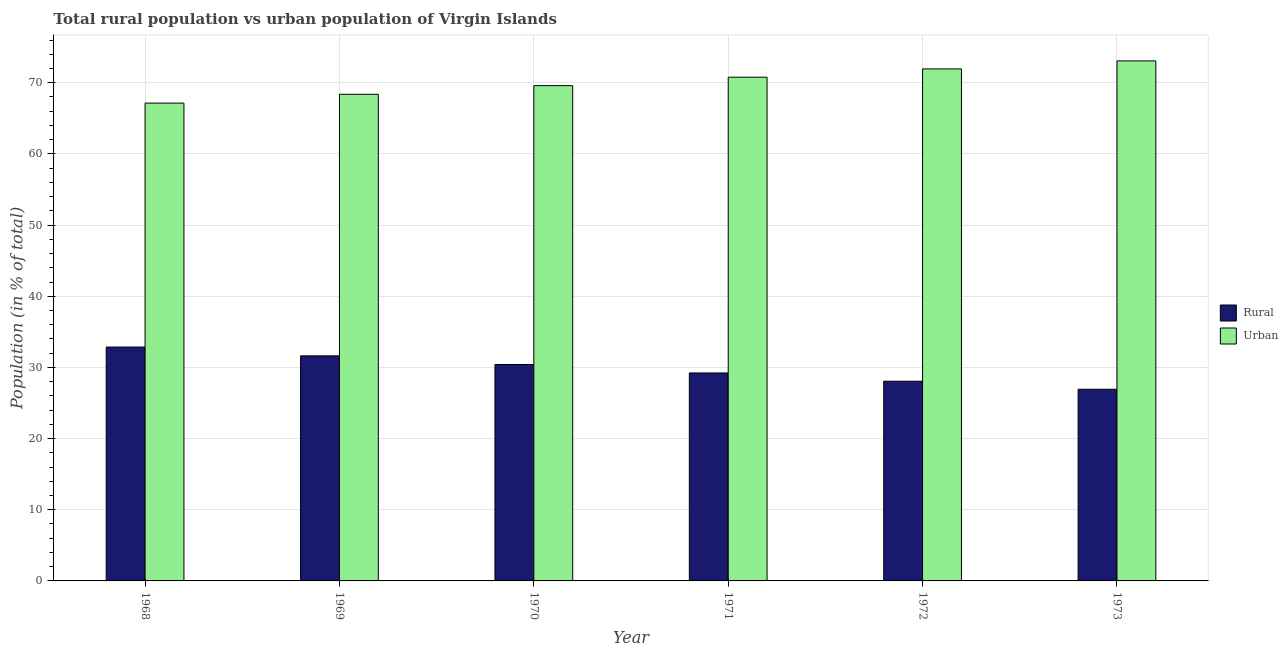
| Year | Rural | Urban |
 | --- | --- | --- |
 | 1968 | 32.9 | 67.1 |
 | 1969 | 31.6 | 68.4 |
 | 1970 | 30.4 | 69.6 |
 | 1971 | 29.2 | 70.8 |
 | 1972 | 28.1 | 71.9 |
 | 1973 | 26.9 | 73.1 |